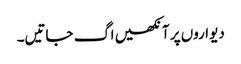
دیواروں پر آنکھیں اگ جاتیں۔